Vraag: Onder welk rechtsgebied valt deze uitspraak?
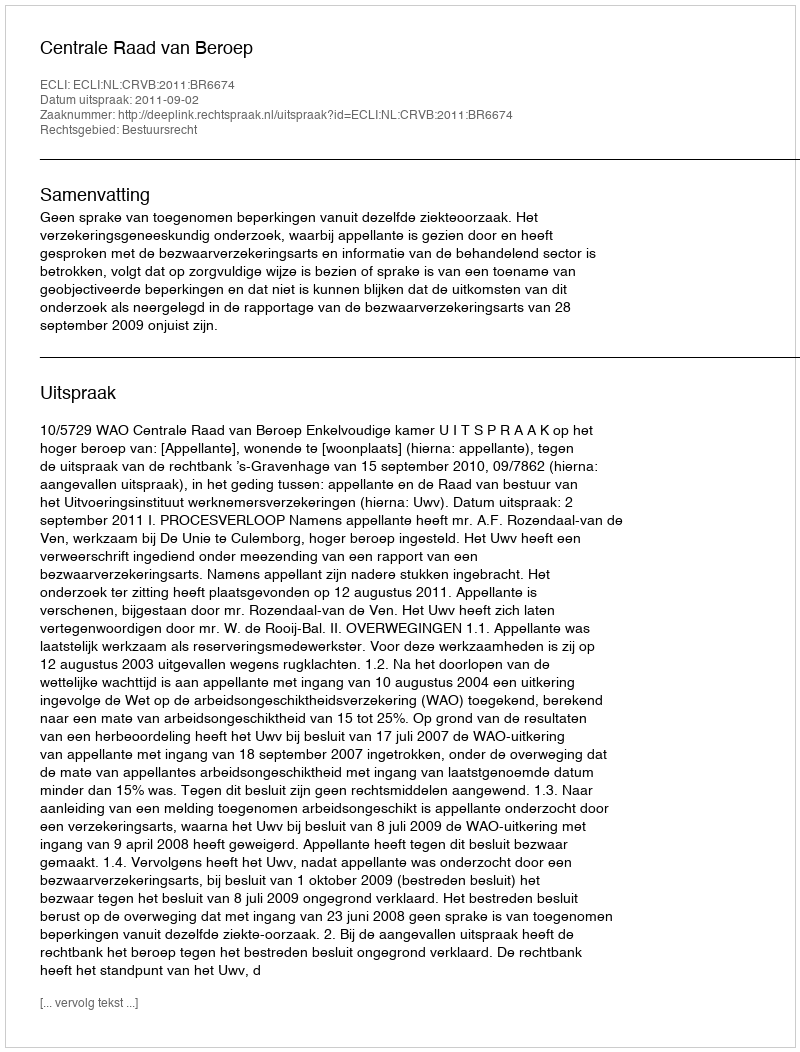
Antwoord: Bestuursrecht